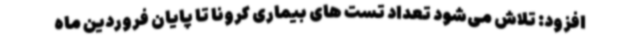
افزود: تلاش می‌شود تعداد تست های بیماری کرونا تا پایان فروردین ماه